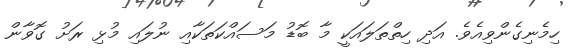
ހިމެނިގެންވިއެވެ. އަދި ހިތްތަލައަކީ މާ ބޮޑު މަސައްކަތަކާއި ނުލައި މުޅި ރަށު ގޮވާން